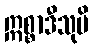
ဣစ္စာဒီသုပိ